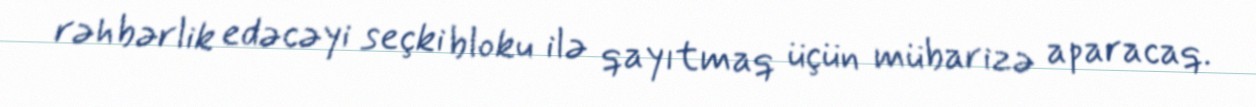
rəhbərlik edəcəyi seçki bloku ilə qayıtmaq üçün mübarizə aparacaq.